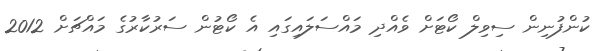
ކުންފުނިން ސިވިލް ކޯޓަށް ވެއްދި މައްސަލައިގައި އެ ކޯޓުން ސަރުކާރުގެ މައްޗަށް 2012